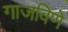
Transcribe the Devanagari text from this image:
गाजविणे